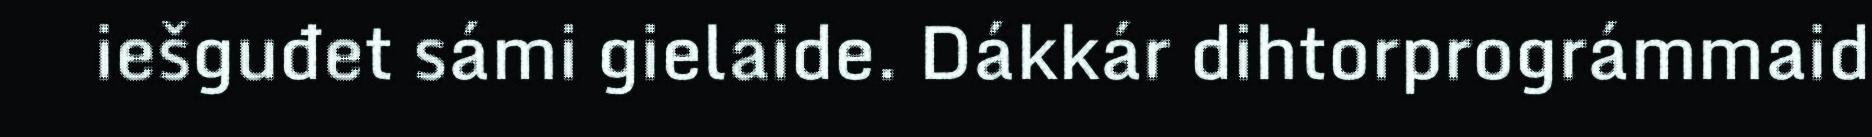
iešguđet sámi gielaide. Dákkár dihtorprográmmaid